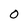
Character: O